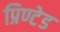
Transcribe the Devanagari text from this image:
प्रिण्टेड